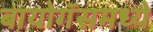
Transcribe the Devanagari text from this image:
बायोगॅसमध्ये